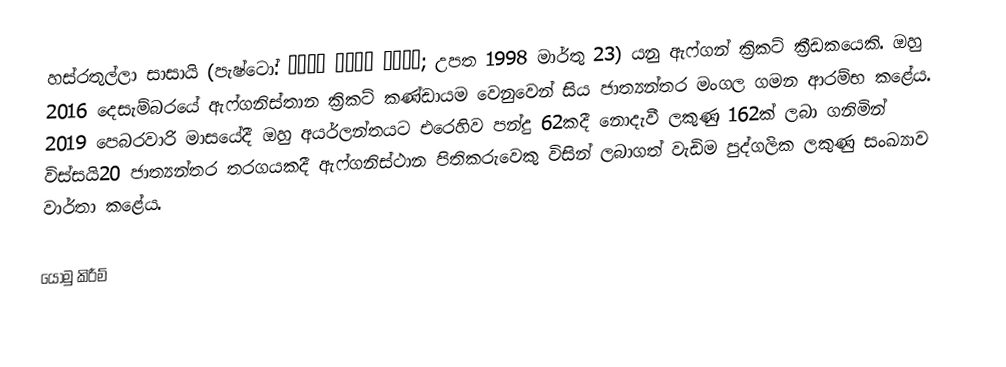
හස්රතුල්ලා සාසායි (පැෂ්ටෝ: حضرت الله ځاځی; උපත 1998 මාර්තු 23) යනු ඇෆ්ගන් ක්‍රිකට් ක්‍රීඩකයෙකි. ඔහු 2016 දෙසැම්බරයේ ඇෆ්ගනිස්තාන ක්‍රිකට් කණ්ඩායම වෙනුවෙන් සිය ජාත්‍යන්තර මංගල ගමන ආරම්භ කළේය. 2019 පෙබරවාරි මාසයේදී ඔහු අයර්ලන්තයට එරෙහිව පන්දු 62කදී නොදැවී ලකුණු 162ක් ලබා ගනිමින් විස්සයි20 ජාත්‍යන්තර තරගයකදී ඇෆ්ගනිස්ථාන පිතිකරුවෙකු විසින් ලබාගත් වැඩිම පුද්ගලික ලකුණු සංඛ්‍යාව වාර්තා කළේය.

යොමු කිරීම්